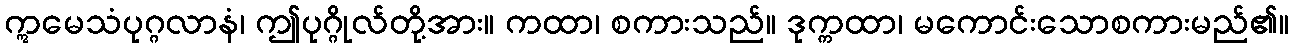
ဣမေသံပုဂ္ဂလာနံ၊ ဤပုဂ္ဂိုလ်တို့အား။ ကထာ၊ စကားသည်။ ဒုက္ကထာ၊ မကောင်းသောစကားမည်၏။